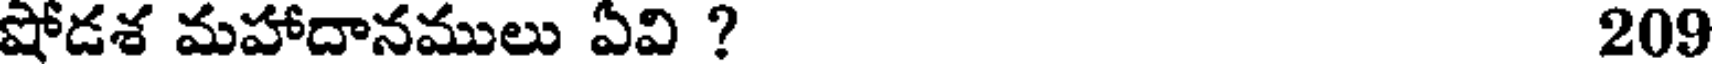
షోడశ మహాదానములు ఏవి ? 209